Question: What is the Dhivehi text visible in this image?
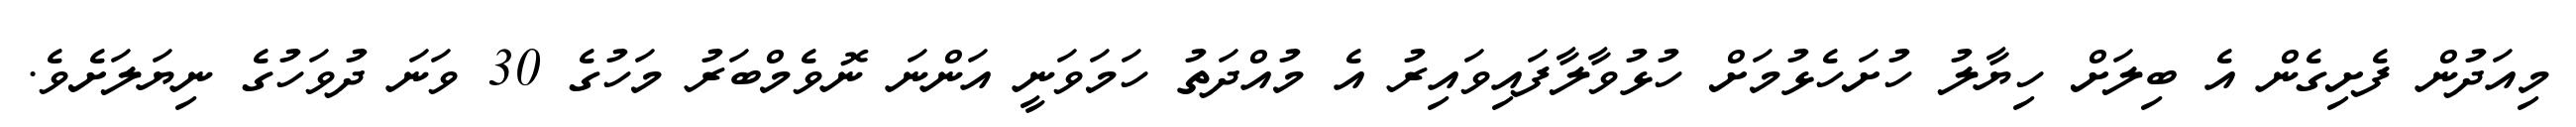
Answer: މިއަދުން ފެށިގެން އެ ބިލަށް ހިޔާލު ހުށަހެޅުމަށް ހުޅުވާލާފައިވައިރު އެ މުއްދަތު ހަމަވަނީ އަންނަ ނޮވެމްބަރު މަހުގެ 30 ވަނަ ދުވަހުގެ ނިޔަލަށެވެ.